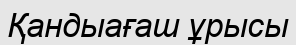
Қандыағаш ұрысы